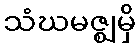
သံဃမဇ္ဈမှိ